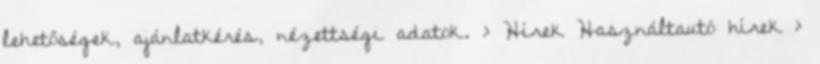
lehetőségek, ajánlatkérés, nézettségi adatok. › Hírek Használtautó hírek ›